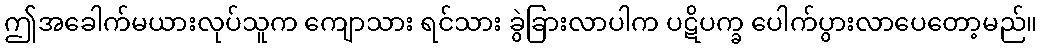
ဤအခေါက်မယားလုပ်သူက ကျောသား ရင်သား ခွဲခြားလာပါက ပဋိပက္ခ ပေါက်ပွားလာပေတော့မည်။